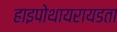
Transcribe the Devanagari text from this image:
हाइपोथायरायडता